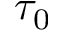
\tau _ { 0 }